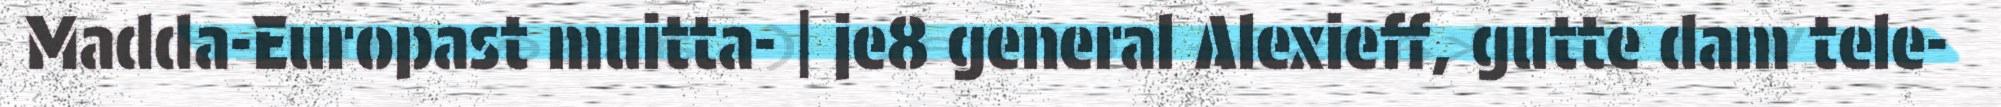
Madda-Europast muitta- | je8 general Alexieff, gutte dam tele-